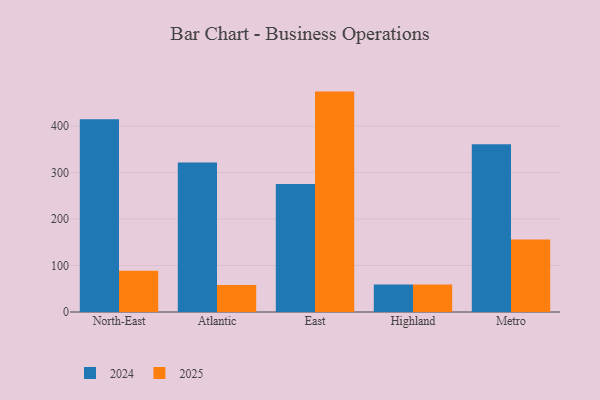
{"axis": {"x": "Region", "y": "Energy Usage (MWh)"}, "legend": ["2024", "2025"], "data": [{"x": "North-East", "y": 414.4, "type": "2024"}, {"x": "North-East", "y": 88.9, "type": "2025"}, {"x": "Atlantic", "y": 321.4, "type": "2024"}, {"x": "Atlantic", "y": 58.1, "type": "2025"}, {"x": "East", "y": 275.4, "type": "2024"}, {"x": "East", "y": 474.1, "type": "2025"}, {"x": "Highland", "y": 59.4, "type": "2024"}, {"x": "Highland", "y": 59.2, "type": "2025"}, {"x": "Metro", "y": 360.9, "type": "2024"}, {"x": "Metro", "y": 156.2, "type": "2025"}]}